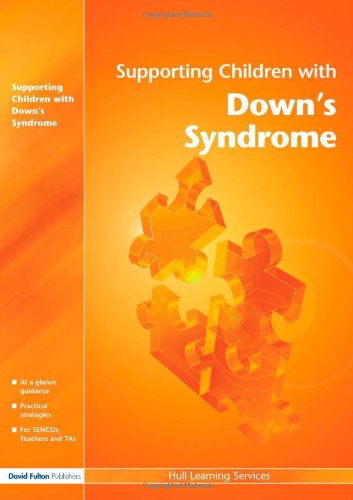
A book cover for Supporting Children with... 11 pack: Supporting Children with Down's Syndrome (David Fulton / Nasen); Hull City Council; Health, Fitness & Dieting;